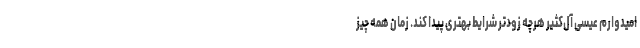
امیدوارم عیسی آل‌کثیر هرچه زودتر شرایط بهتری پیدا کند. زمان همه چیز